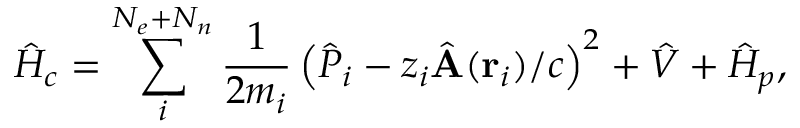
\hat { H } _ { c } = \sum _ { i } ^ { N _ { e } + N _ { n } } \frac { 1 } { 2 m _ { i } } \left( \hat { P } _ { i } - z _ { i } \hat { \mathbf { A } } ( \mathbf { r } _ { i } ) / c \right) ^ { 2 } + \hat { V } + \hat { H } _ { p } ,